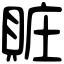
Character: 賍